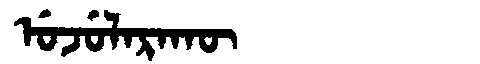
Manchu: ᡠᠵᡠᠯᠠᡵᠠᡴᡡ
Romanization: UJULARAKŪ